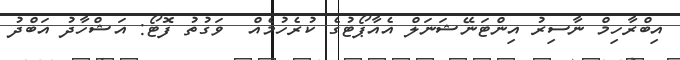
އިބްރާހިމް ނާސިރު އިންޓަނޭޝަނަލް އެއާޕޯޓުގެ ކުރެހުމެއް  ވަގުތު ފޮޓޯ: އަޝްހާދު އަބްދު